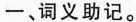
一、词义助记。